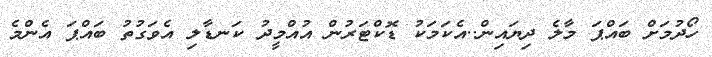
ހޯދުމަށް ބައްޕަ މާލެ ދިޔައިން..އެކަމަކު ޑޮކްޓަރުން އުއްމީދު ކަނޑާލި އެވަގުތު ބައްޕަ އެންމެ